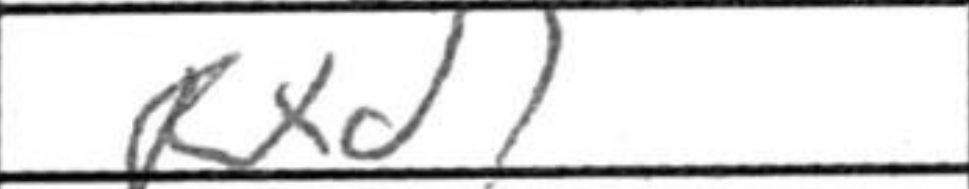
Transcription: Rxd1